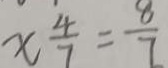
x \frac { 4 } { 7 } = \frac { 8 } { 7 }